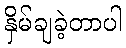
နှိမ်ချခဲ့တာပါ